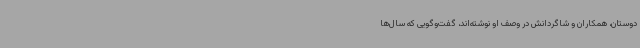
دوستان، همکاران و شاگردانش در وصف او نوشته‌اند، گفت‌وگویی که سال‌ها